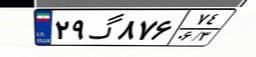
۲۴گ۱۴۰۰۵